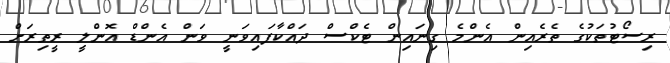
ރިސޯޓުތަކުގެ ތެރެއިން އެންމެ ގިނައިން ޓެކްސް ދައްކާފައިވަނީ ވަން އެންޑް އޮންލީ ރީތިރަށް